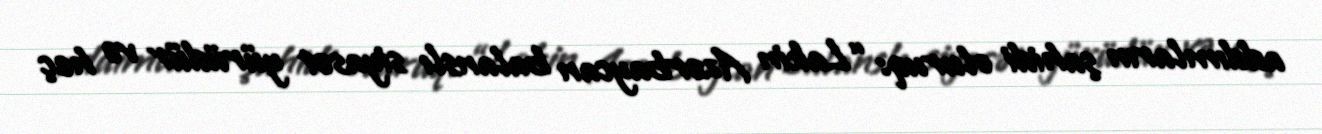
addımların şahidi oluruq: “Lakin Azərbaycan balanslı siyasət yürüdür və heç